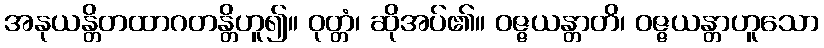
အနုယန္တိတထာဂတန္တိဟူ၍။ ဝုတ္တံ၊ ဆိုအပ်၏။ ဝဇ္ဇယန္တာတိ၊ ဝဇ္ဇယန္တာဟူသော